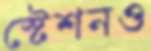
স্টেশনও